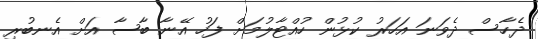
ދެހާސް ދެވަނަ އަހަރު ކުޅުން ހުއްޓާލުމަށް ފަހު އޭނާ ބާސާ އަށް އެނބުރި